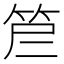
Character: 𰩷